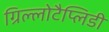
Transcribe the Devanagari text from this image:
ग्रिल्लोटैप्लिडी